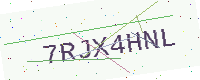
Text: 7RJX4HNL